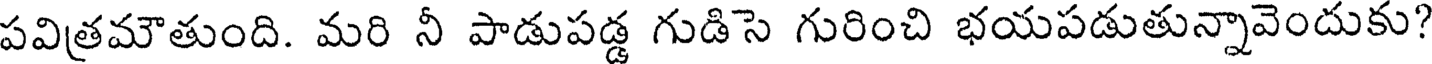
పవిత్రమౌతుంది. మరి నీ పాడుపడ్డ గుడిసె గురించి భయపడుతున్నావెందుకు?